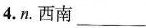
4.n.西南 ___